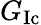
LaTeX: G_{\mathrm{{Ic}}}